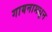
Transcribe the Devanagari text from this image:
गायनामधून